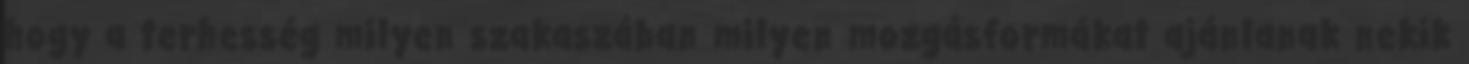
hogy a terhesség milyen szakaszában milyen mozgásformákat ajánlanak nekik